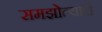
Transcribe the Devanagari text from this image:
समझोत्याचे